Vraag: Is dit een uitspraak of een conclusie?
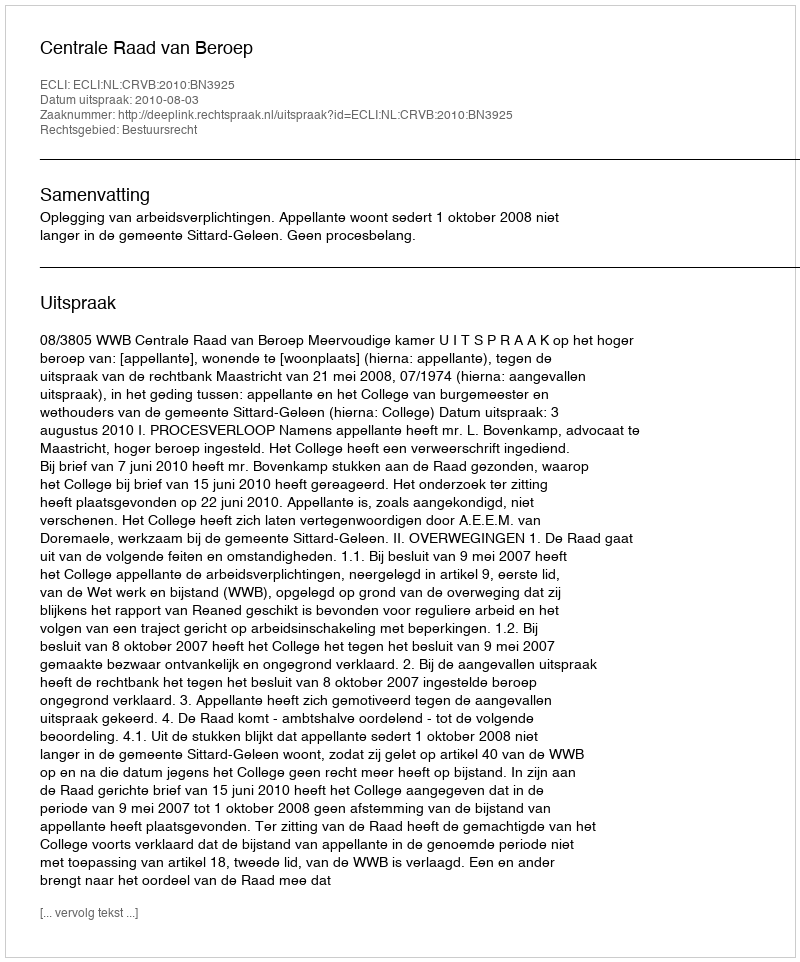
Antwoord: Uitspraak